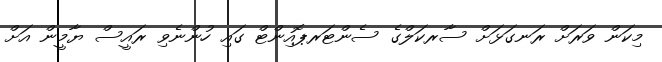
މިކަން ވަރަށް ރަނގަޅަށް ސާރކަލްގެ ސެންޓަރޕޮއިންޓް ގައި ހުންނެވި ރައީސް ޔާމީން އަށް